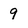
Character: 9